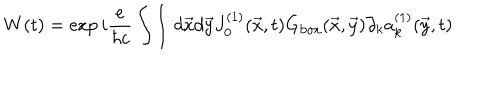
W ( t ) = \exp i { \frac { e } { \hbar c } } \int \! \int d \vec { x } d \vec { y } J _ { 0 } ^ { ( 1 ) } ( \vec { x } , t ) G _ { \mathrm { b o x } } ( \vec { x } , \vec { y } ) \partial _ { k } a _ { k } ^ { ( 1 ) } ( \vec { y } , t )